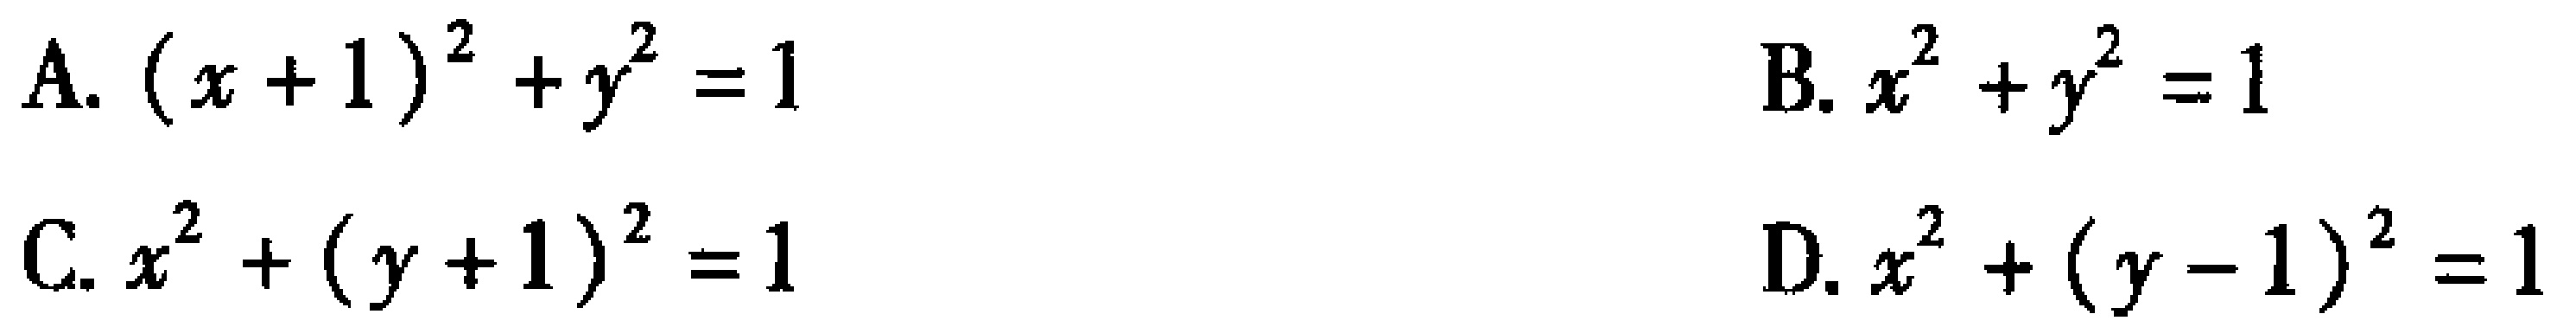
A. \((x + 1)^2 + y^2 = 1\)
B. \(x^2 + y^2 = 1\)
C. \(x^2 + (y + 1)^2 = 1\)
D. \(x^2 + (y - 1)^2 = 1\)